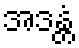
အဒန္တံ